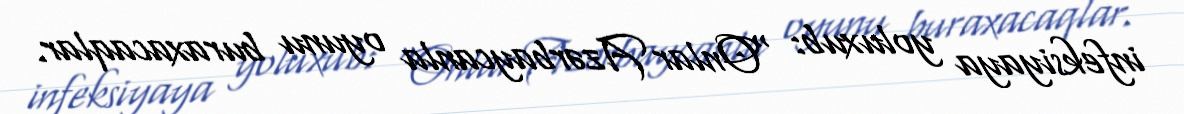
infeksiyaya yoluxub: "Onlar Azərbaycanla oyunu buraxacaqlar.